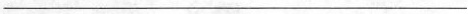
___